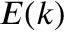
E ( k )